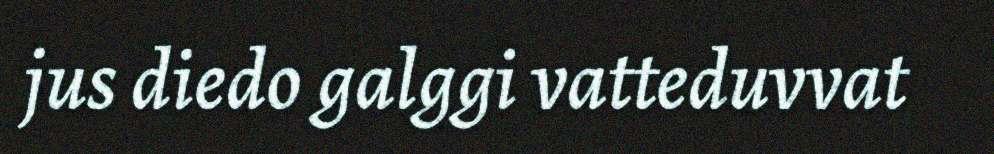
jus diedo galggi vatteduvvat